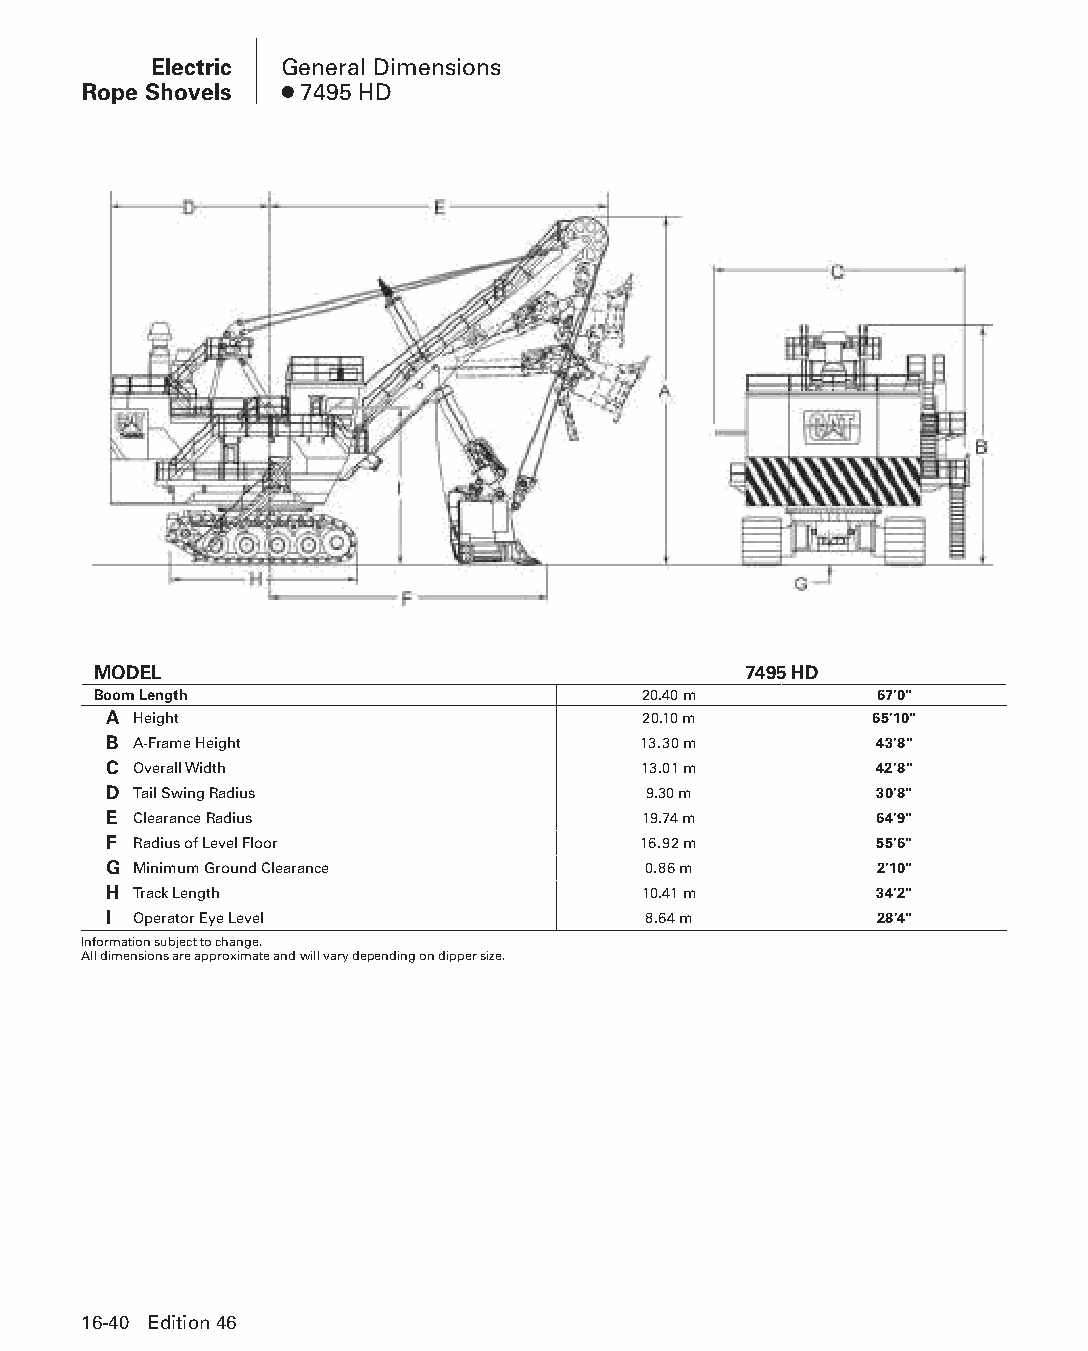
Electric General Dimensions
 Rope Shovels ● 7495 HD
 MODEL                                      7495 HD
 Boom Length                         20.40 m        67'0"
 A Height                            20.10 m        65'10"
 B A-Frame Height                    13.30 m        43'8"
 C Overall Width                     13.01 m        42'8"
 D Tail Swing Radius                 9.30 m         30'8"
 E Clearance Radius                  19.74 m        64'9"
 F Radius of Level Floor             16.92 m        55'6"
 G Minimum Ground Clearance          0.86 m         2'10"
 H Track Length                      10.41 m        34'2"
 I Operator Eye Level                8.64 m         28'4"
 Information subject to change.
 All dimensions are approximate and will vary depending on dipper size.
 16-40 Edition 46
 PPHHBB--SSeecc1166--EElleeccttrriiccRRooppeeSShhoovveellss((ppgg002255--004488))..iinndddd 4400 1122//44//1155 1100::5533 AAMM